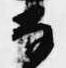
な